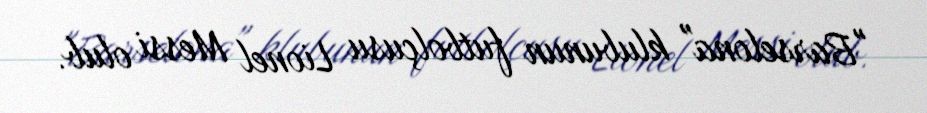
"Barselona" klubunun futbolçusu Lionel Messi olub.